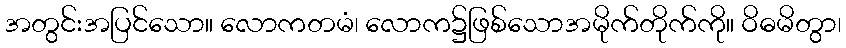
အတွင်းအပြင်သော။ လောကတမံ၊ လောက၌ဖြစ်သောအမိုက်တိုက်ကို။ ဝိဓမိတွာ၊